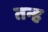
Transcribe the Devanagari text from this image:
तन्ह